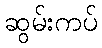
ဆွမ်းကပ်